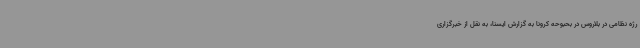
رژه نظامی در بلاروس در بحبوحه کرونا به گزارش ایسنا، به نقل از خبرگزاری